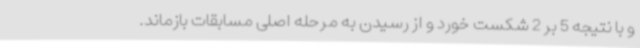
و با نتیجه 5 بر 2 شکست خورد و از رسیدن به مرحله اصلی مسابقات بازماند.